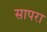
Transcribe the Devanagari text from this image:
सापरा